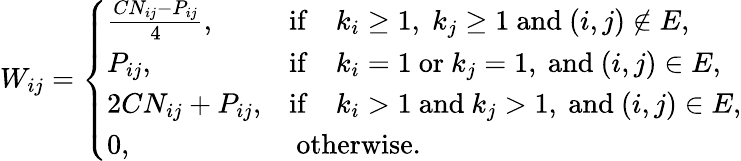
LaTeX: W_{ij}=\left\{ \begin{array}{ll}{\frac{CN_{ij}-P_{ij}}{4},}&{\mathrm{if}\quad k_{i}\ge 1,\; k_{j}\ge 1\mathrm{~and~}(i,j)\notin E,}\\ {P_{ij},}&{\mathrm{if}\quad k_{i}=1\mathrm{~or~}k_{j}=1,\mathrm{~and~}(i,j)\in E,}\\ {2CN_{ij}+P_{ij},}&{\mathrm{if}\quad k_{i}>1\mathrm{~and~}k_{j}>1,\mathrm{~and~}(i,j)\in E,}\\ {0,}&{\mathrm{~otherwise.}}\end{array}\right.